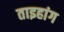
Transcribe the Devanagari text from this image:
ताइहांग